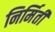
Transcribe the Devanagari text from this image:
निर्मिती